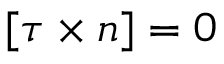
[ \tau \times n ] = 0